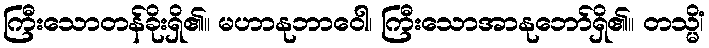
ကြီးသောတန်ခိုးရှိ၏။ မဟာနုဘာဝေါ၊ ကြီးသောအာနုဘော်ရှိ၏။ တသ္မိံ၊